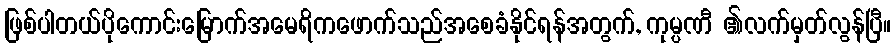
ဖြစ်ပါတယ်ပိုကောင်းမြောက်အမေရိကဖောက်သည်အစေခံနိုင်ရန်အတွက်, ကုမ္ပဏီ ၏လက်မှတ်လွန်ပြီ။